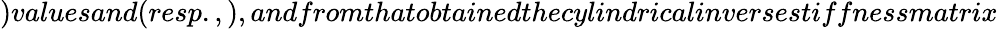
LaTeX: )valuesand(resp.,),andfromthatobtainedthecylindricalinversestiffnessmatrix